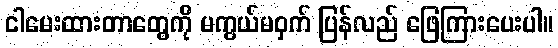
ငါမေးထားတာတွေကို မကွယ်မဝှက် ပြန်လည် ဖြေကြားပေးပါ။